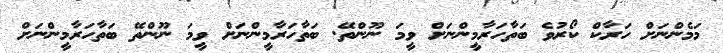
މަމެންނަށް ހަރާކް ކޯރުވެ ބަތާހަރާމީންނަށް ވީމަ ނޫންތޭ. ބަތާހަރާމީންނަށް ވީމަ ނޫންތޭ ބަތާހަރާމީންނަށް